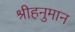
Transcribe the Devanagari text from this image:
श्रीहनुमान